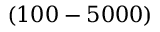
( 1 0 0 - 5 0 0 0 )